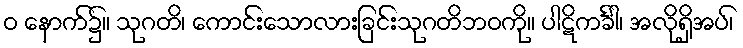
ဝ နောက်၌။ သုဂတိ၊ ကောင်းသောလားခြင်းသုဂတိဘဝကို။ ပါဋိကင်္ခါ၊ အလိုရှိအပ်၊